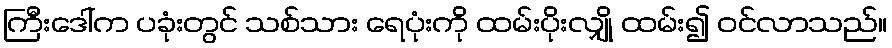
ကြီးဒေါ်က ပခုံးတွင် သစ်သား ရေပုံးကို ထမ်းပိုးလျှို ထမ်း၍ ဝင်လာသည်။